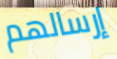
إرسالهم